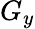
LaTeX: G_{y}